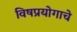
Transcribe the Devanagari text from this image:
विषप्रयोगाचे